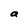
Character: a